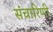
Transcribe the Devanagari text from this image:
संचारिणी